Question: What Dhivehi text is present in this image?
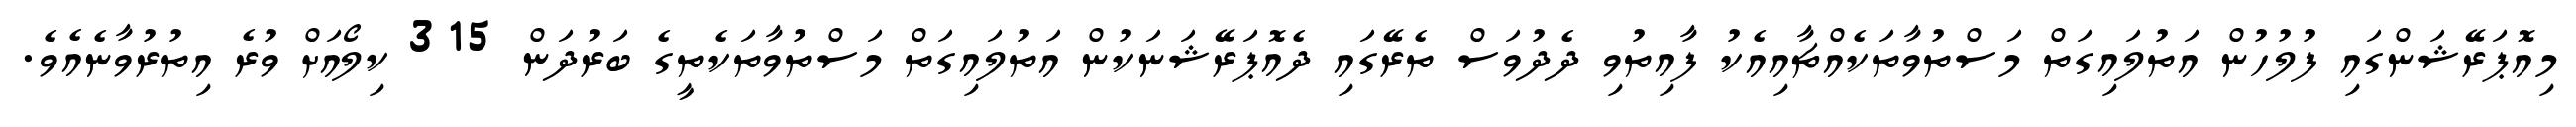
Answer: މިއޮޕަރޭޝަންގައި ފުލުހުން އަތުލައިގަތް މަސްތުވާތަކެއްޗާއިއެކު ފާއިތުވި ދެދުވަސް ތެރޭގައި ދެއޮޕަރޭޝަނަކުން އަތުލައިގަތް މަސްތުވާތަކެތީގެ ބަރުދަން 315 ކިލޯއަށް ވުރެ އިތުރުވާނެއެވެ.